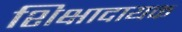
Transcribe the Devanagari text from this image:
शिक्षादायक